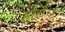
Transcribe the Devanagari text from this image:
हारो।।